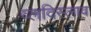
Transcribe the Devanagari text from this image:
व्लदिस्लाव